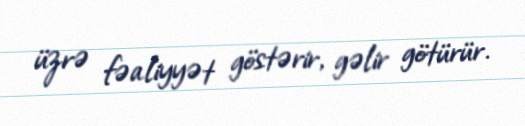
üzrə fəaliyyət göstərir, gəlir götürür.